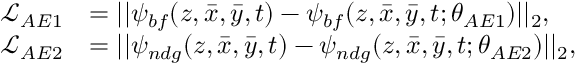
\begin{array} { r l } { \mathcal { L } _ { A E 1 } } & { = | | \psi _ { b f } ( z , \bar { x } , \bar { y } , t ) - \psi _ { b f } ( z , \bar { x } , \bar { y } , t ; \theta _ { A E 1 } ) | | _ { 2 } , } \\ { \mathcal { L } _ { A E 2 } } & { = | | \psi _ { n d g } ( z , \bar { x } , \bar { y } , t ) - \psi _ { n d g } ( z , \bar { x } , \bar { y } , t ; \theta _ { A E 2 } ) | | _ { 2 } , } \end{array}